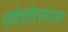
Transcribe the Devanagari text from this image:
गणेशोत्सवास